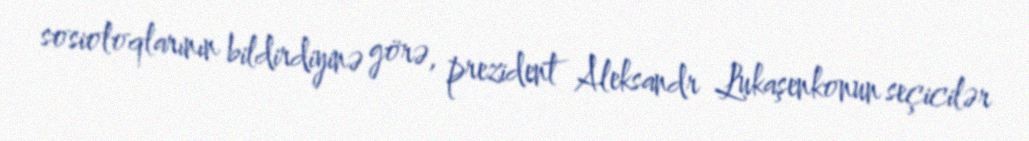
sosioloqlarının bildirdiyinə görə, prezident Aleksandr Lukaşenkonun seçicilər